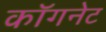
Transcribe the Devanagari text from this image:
कॉगनेट